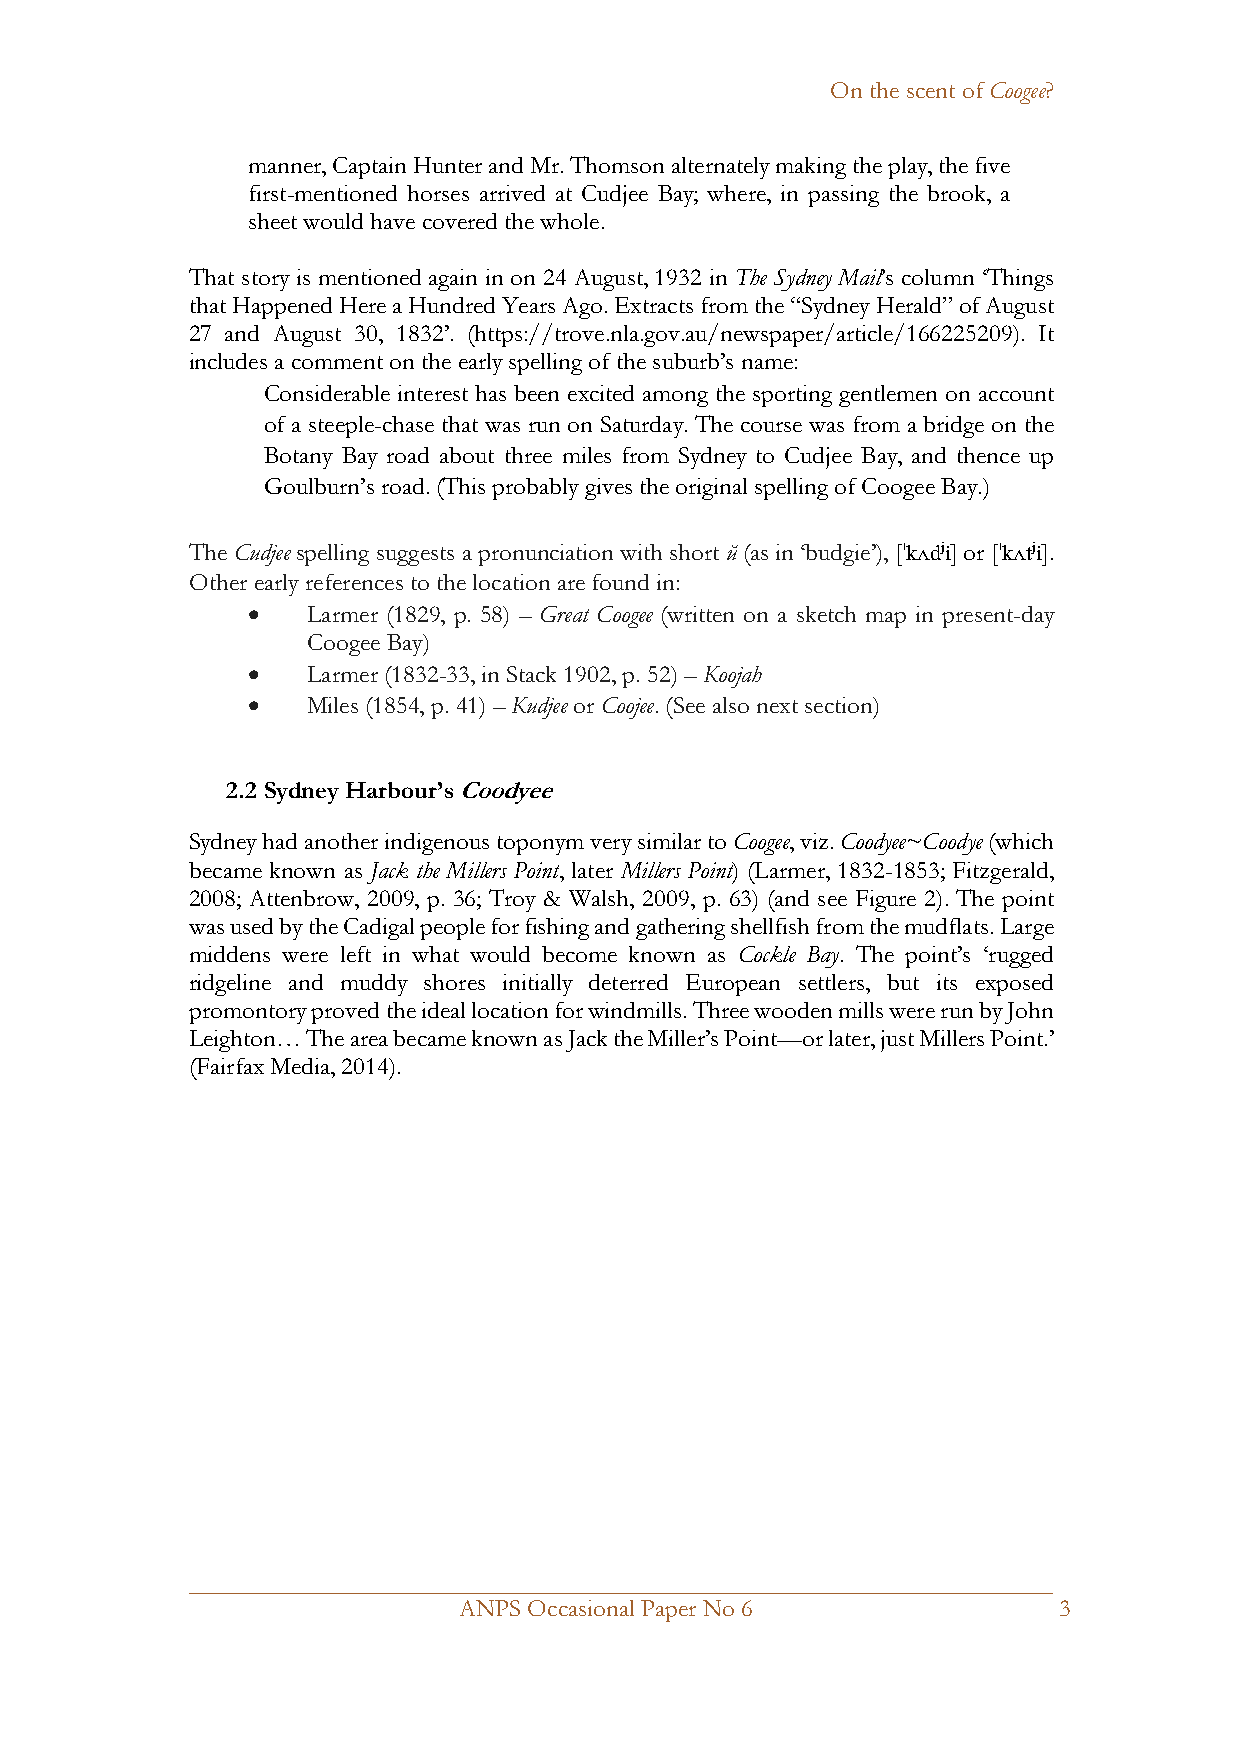
On the scent of Coogee?
 manner, Captain Hunter and Mr. Thomson alternately making the play, the five
 first-mentioned horses arrived at Cudjee Bay; where, in passing the brook, a
 sheet would have covered the whole.
 That story is mentioned again in on 24 August, 1932 in The Sydney Mail’s column ‘Things
 that Happened Here a Hundred Years Ago. Extracts from the “Sydney Herald” of August
 27 and August 30, 1832’. (https://trove.nla.gov.au/newspaper/article/166225209). It
 includes a comment on the early spelling of the suburb’s name:
 Considerable interest has been excited among the sporting gentlemen on account
 of a steeple-chase that was run on Saturday. The course was from a bridge on the
 Botany Bay road about three miles from Sydney to Cudjee Bay, and thence up
 Goulburn’s road. (This probably gives the original spelling of Coogee Bay.)
 The Cudjee spelling suggests a pronunciation with short ŭ (as in ‘budgie’), [ˈkᴧdji] or [ˈkᴧtji].
 Other early references to the location are found in:
 •   Larmer (1829, p. 58) – Great Coogee (written on a sketch map in present-day
 Coogee Bay)
 •   Larmer (1832-33, in Stack 1902, p. 52) – Koojah
 •   Miles (1854, p. 41) – Kudjee or Coojee. (See also next section)
 2.2 Sydney Harbour’s Coodyee
 Sydney had another indigenous toponym very similar to Coogee, viz. Coodyee~Coodye (which
 became known as Jack the Millers Point, later Millers Point) (Larmer, 1832-1853; Fitzgerald,
 2008; Attenbrow, 2009, p. 36; Troy & Walsh, 2009, p. 63) (and see Figure 2). The point
 was used by the Cadigal people for fishing and gathering shellfish from the mudflats. Large
 middens were left in what would become known as Cockle Bay. The point’s ‘rugged
 ridgeline and muddy shores initially deterred European settlers, but its exposed
 promontory proved the ideal location for windmills. Three wooden mills were run by John
 Leighton… The area became known as Jack the Miller’s Point—or later, just Millers Point.’
 (Fairfax Media, 2014).
 _____________________________________________________________________
 ANPS Occasional Paper No 6              3